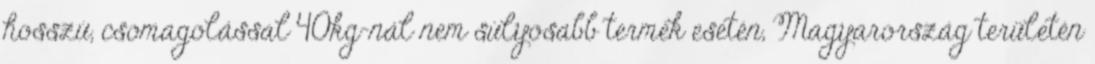
hosszú, csomagolással 40kg-nál nem súlyosabb termék esetén, Magyarország területén